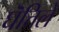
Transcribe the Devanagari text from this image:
घॆत्तिले